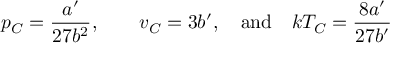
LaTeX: p _ { C } = { \frac { a ^ { \prime } } { 2 7 b ^ { 2 } } } , \qquad \displaystyle { v _ { C } = 3 b ^ { \prime } } , \quad { \mathrm { a n d } } \quad k T _ { C } = { \frac { 8 a ^ { \prime } } { 2 7 b ^ { \prime } } }